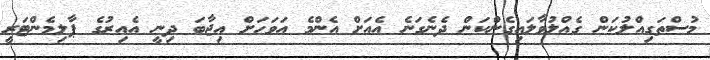
މުސްތަގިއްލުކަން ގެއްލުވާލައިގެންކަން ދެނެގަނެ އެއަށް އެންމެ އަވަހަށް އިޖާބަ ދިނީ އެއިރުގެ ޕާލިމެންޓަރީ